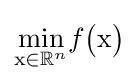
{\underset {{\text{x}}\in \mathbb {R} ^{n}}{\min }}f{\bigl (}{\text{x}}{\bigr )}